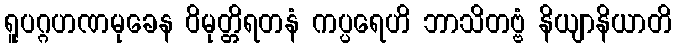
ရူပဂ္ဂဟဏမုခေန ဝိမုတ္တိရတနံ ကပ္ပရေဟိ ဘာသိတဗ္ဗံ နိယျာနိယာတိ